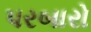
પરબારો